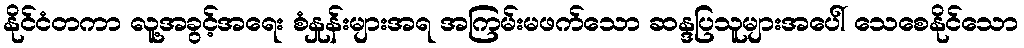
နိုင်ငံတကာ လူ့အခွင့်အရေး စံနှုန်းများအရ အကြမ်းမဖက်သော ဆန္ဒပြသူများအပေါ် သေစေနိုင်သော